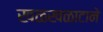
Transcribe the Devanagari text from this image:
खळखळाटाने